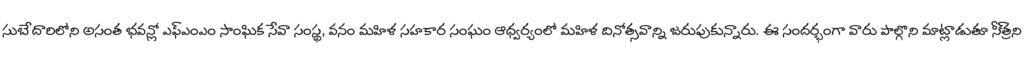
సుబేదారిలోని అసంత భవన్లో ఎఫ్ఎంఎం సాంఘిక సేవా సంస్థ, వనం మహిళ సహకార సంఘం ఆధ్వర్యంలో మహిళ దినోత్సవాన్ని జరుపుకున్నారు. ఈ సందర్భంగా వారు పాల్గొని మాట్లాడుతూ సీ్త్రని